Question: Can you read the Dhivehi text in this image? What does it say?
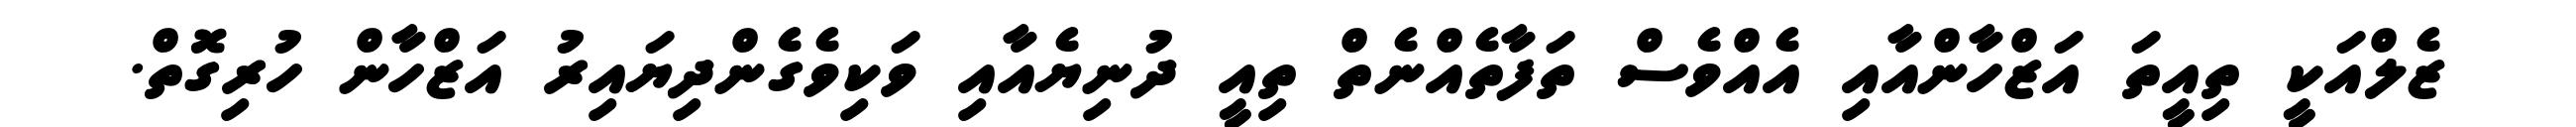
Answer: ޒެލްއަކީ ތިއީތަ އަޒްހާންއާއި އެއްވެސް ތަފާތެއްނެތް ތިއީ ދުނިޔެއާއި ވަކިވެގެންދިޔައިރު އަޒްހާން ހުރިގޮތް.